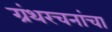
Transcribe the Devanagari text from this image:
ग्रंथरचनांचा